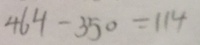
4 6 4 - 3 5 0 = 1 1 4